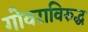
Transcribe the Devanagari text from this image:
गोवराविरुद्ध